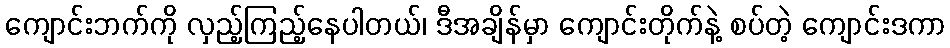
ကျောင်းဘက်ကို လှည့်ကြည့်နေပါတယ်၊ ဒီအချိန်မှာ ကျောင်းတိုက်နဲ့ စပ်တဲ့ ကျောင်းဒကာ